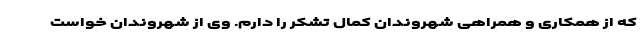
که از همکاری و همراهی شهروندان کمال تشکر را دارم. وی از شهروندان خواست